Bréfritari: Helga Jónsdóttir Austmann
Viðtakandi: Daníel Halldórsson
Dagsetning: A-1893-04-15
Skrifað á: Flautagerði

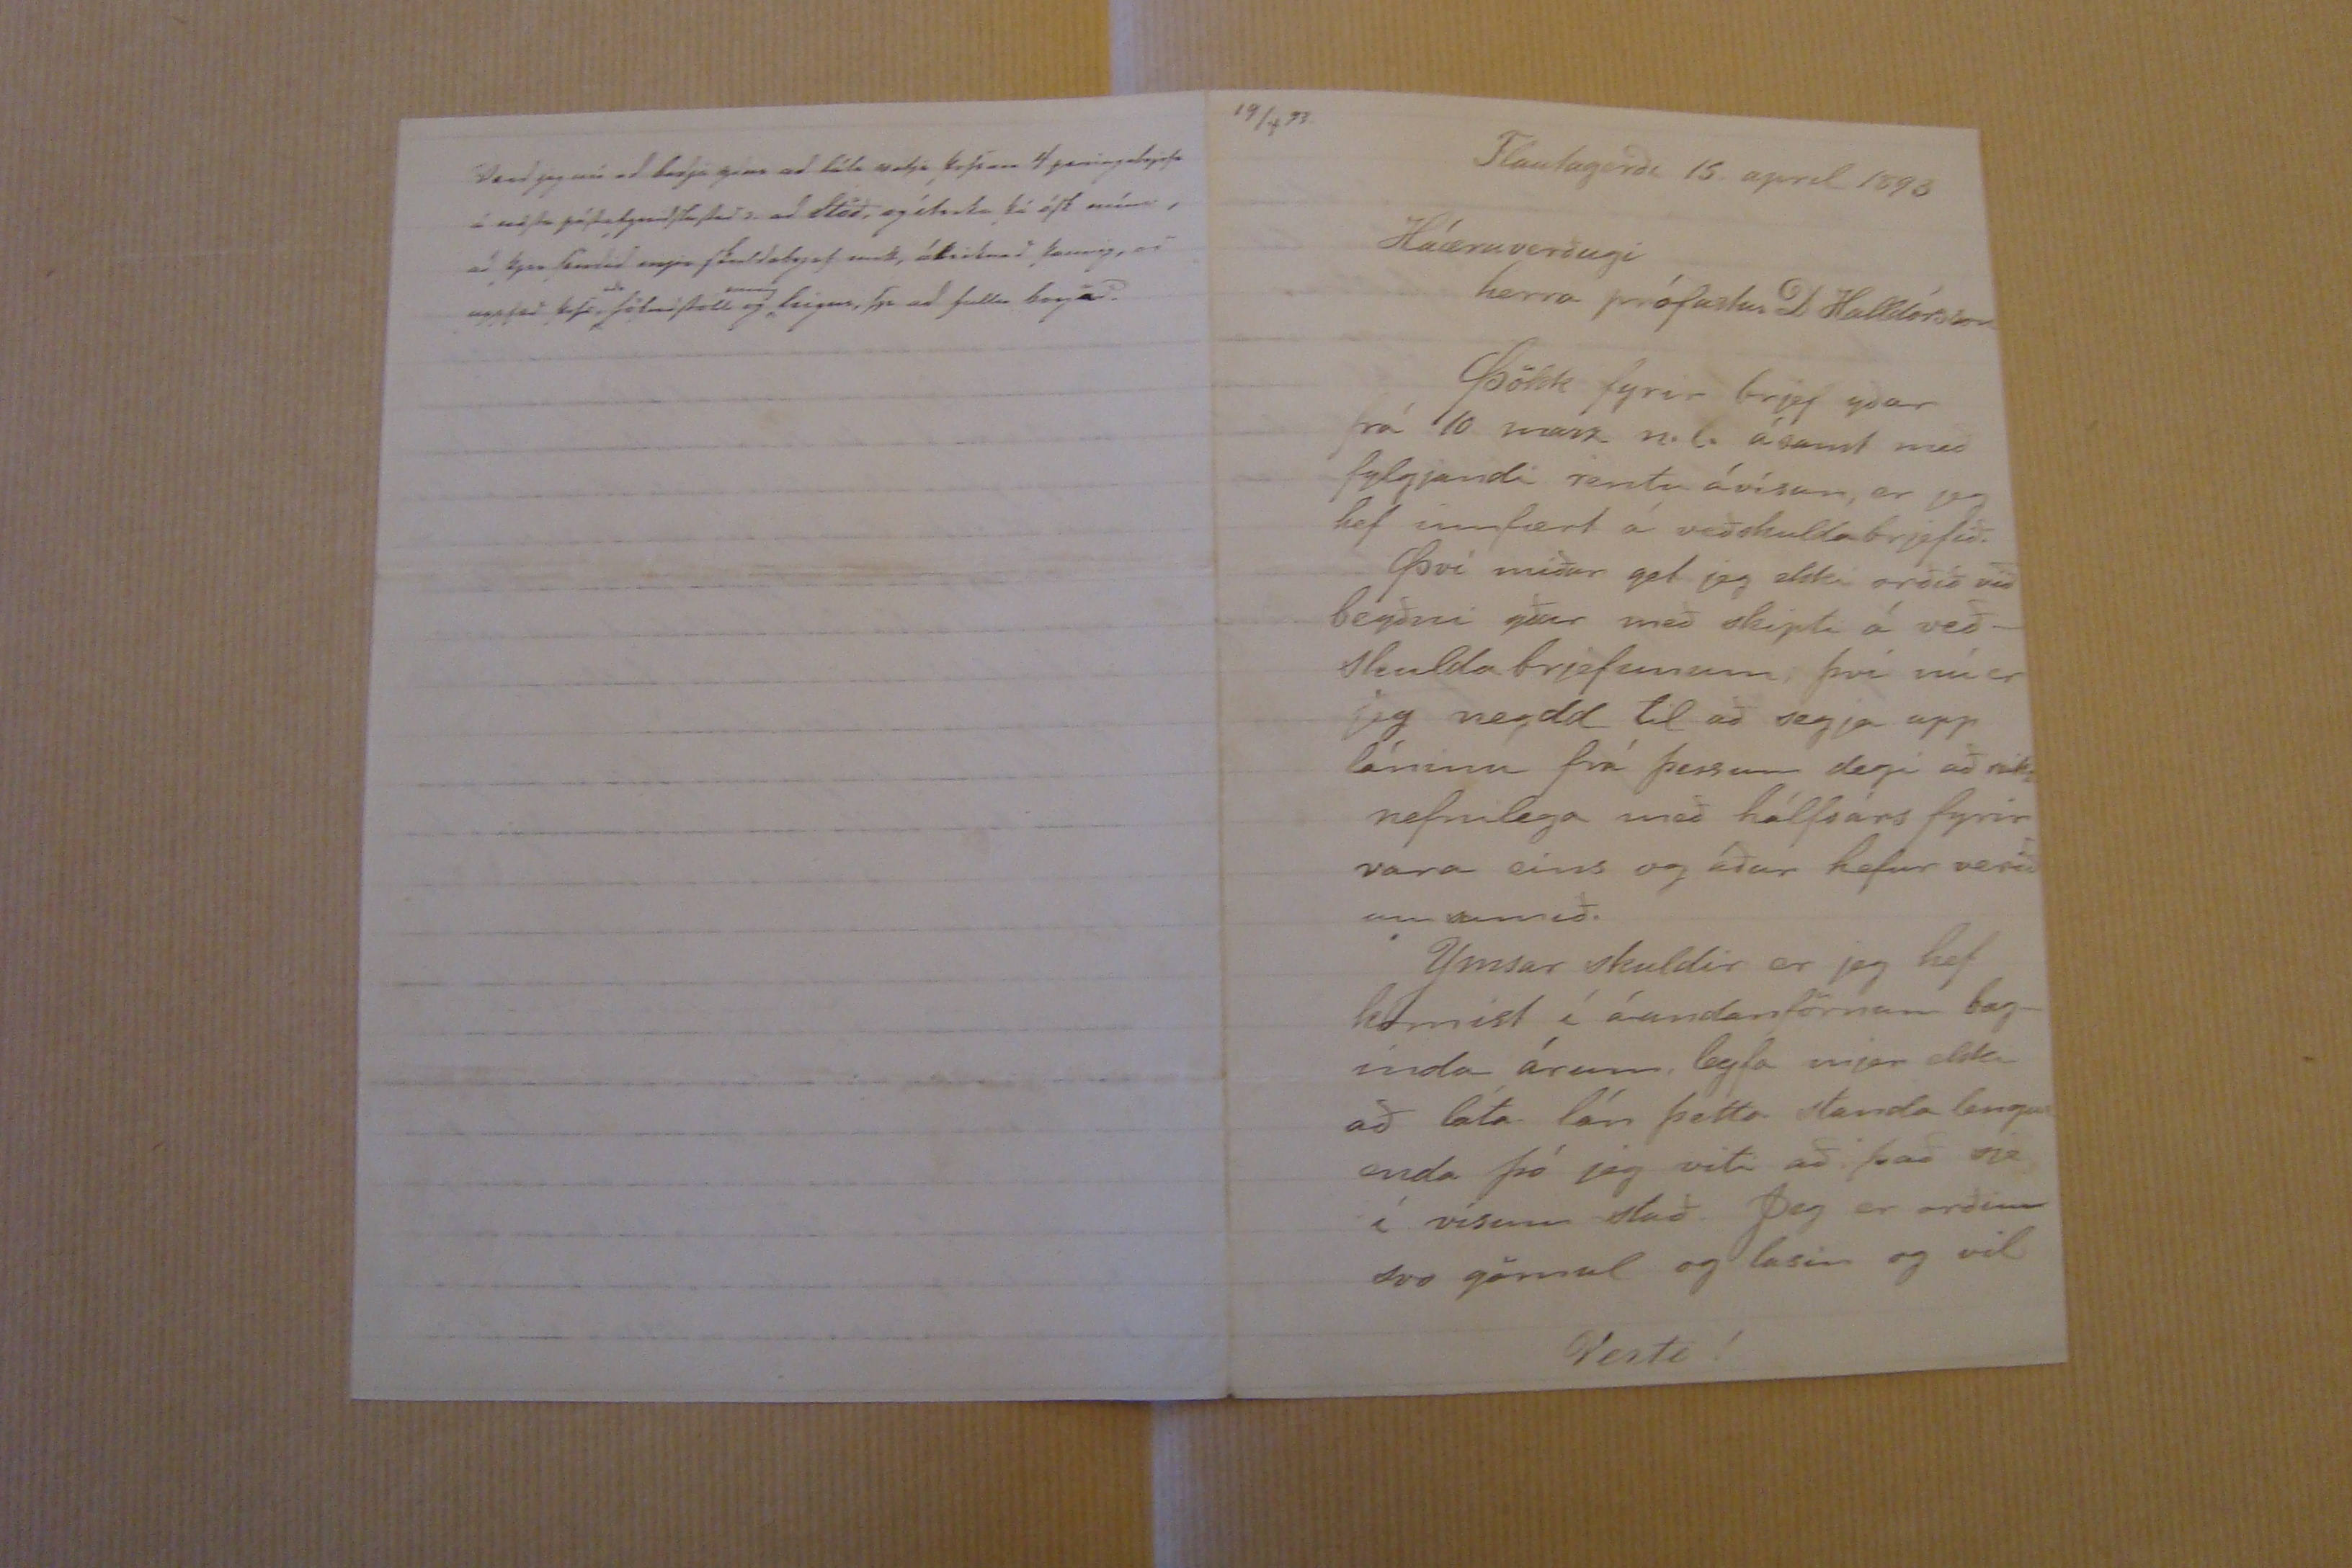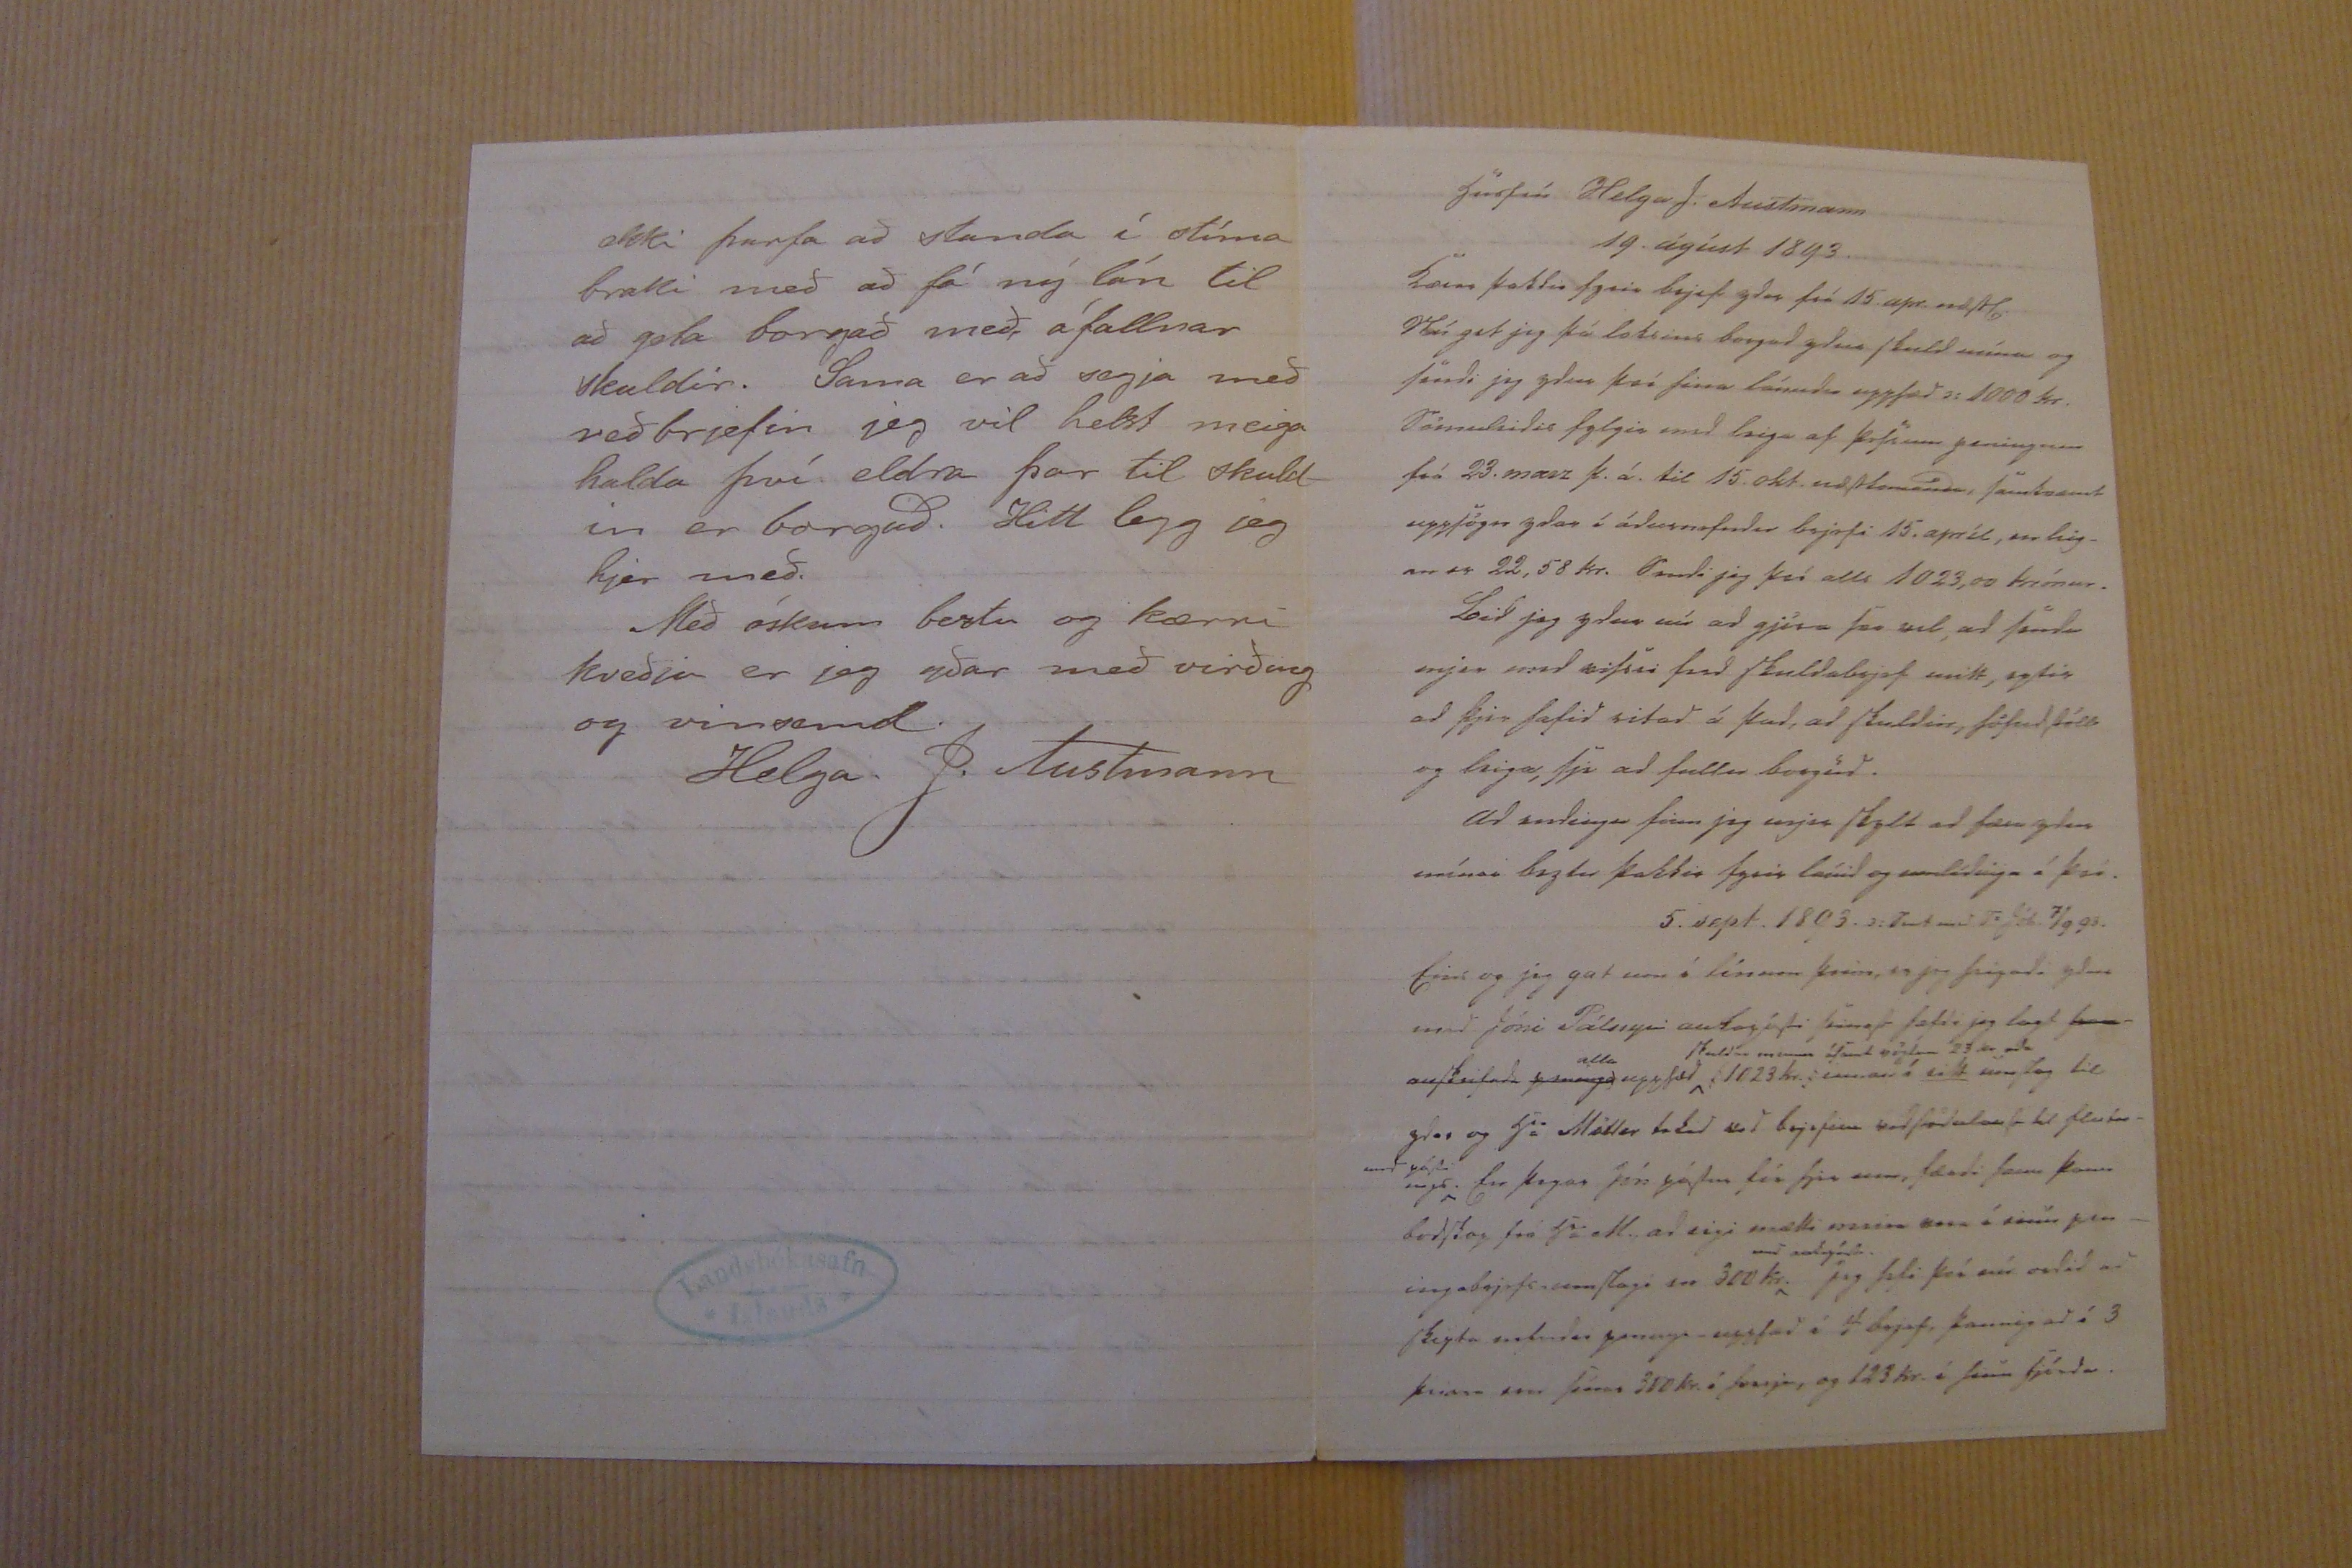

19/4 93.
Flautagerði 15 apríl 1893
Háæruverðugi herra prófastur D Halldórsson
Þökk fyrir brjef yðar frá 10 marz n.l. ásamt með fylgjandi rentu ávísun, er jeg hef innfært á veðskuldabrjefið. Því miður get jeg ekki orðið við beyðni yðar með skipti á veð- skulda brjefunum; því nú er jeg neydd til að segja upp láninu fra þessum degi að
000:
nefnilega með hálfsárs fyrir vara eíns og áður hefur verið um samið. Ymsar skuldir er jeg hef komist í á undanförnum bag- inda árum, leyfa mjer ekki að láta lán þetta standa lengur enda þó jeg viti að það sje í vísum stað Jeg er orðinn svo gömul og lasin og vil
Vert0!
ekki þurfa að standa í stíma braki með að fá ný lán til að geta borgað með áfallnar skuldir. Sama er að segja með veðbrjefin jeg vil helst meiga halda því eldra þar til skuld- in er borguð. Hitt legg jeg hjer með. Með óskum beztu og kærri kveðju er jeg yðar með virðing og vinsemd.
Helga J. Austmann
húsfrú Helga J. Austmann
19 ágúst 1893
kærar þakkir fyrir brjef yðar frá 15. apr.
næstl.
Nú get jeg þá loksins borgað yður skuld mína og sendi jeg yður því firra lánaða upphæð: 1000 kr. Sömuleiðis fylgir með leiga af þessum peningum frá 23. marz þ.á. til 15 okt. næstkomandi, samkvæmt uppsögn yðar í áðurnefndu brjefi 15. apríl, en leig- an er 22,58 kr. Sendi jeg því alls 1023,00 krónur. Bið jeg yður nú að gjöra svo vel, að senda mjer með vissu ferð skuldabrjef mitt, eptir að þjer hafið ritað á það, að skuldin, höfuðstóll og leiga, sje að fullu borguð. Að endingu finn jeg mjer skylt að færa yður mínar beztu þakkir fyrir lánið og um
l0ð00ga
á því.
5. sept. 1893 s. sent með
0:
Jóh. 7/9 93.
Eins og jeg gat um í línum þeim, er jeg
hripaði
yður með Jóni Pálssyni
au00pósti
seinast hefði jeg lagt
fram anskrifaða peninga
alla
upphæð
skul
dum minum
ásamt vöxtum 23 kr. eða
1023 kr. innan í eitt umslag til yðar og hjá Möller tekið við brjefinu viðstöðulaust til flutn- ings
með pósti
. En þegar Jón póstur fór hjer um, færði hann þann boðslag frá hr M. að eigi mætti
m0000 000
í einu pen- ingabrjefs umslagi en 300 kr.
með 00000
jeg hefi því nú orðið að skeyta
nefnda
peninga upphæð í 4 brjef, þannig að í 3 þeirra eru þínar 300 kr. í
hvurju,
og 123 kr í hinu fjórða
Verð jeg nú að biðja yður að láta
setja þess00
4 peningabrjefs á
vissa póst00j0nd000 það
s. að Stöð, og
ítreka
þá ósk mína, að þjer sendið mjer skuldabrjef með,
á00iknað
þannig, að upphæð þessi
eða
höfuðstóll og
einnig
leigur, sje að fullu borgað.